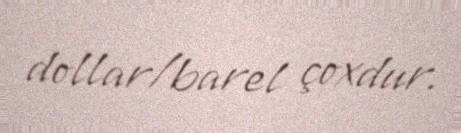
dollar/barel çoxdur.